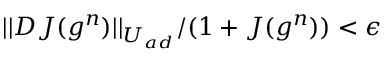
| | D J ( g ^ { n } ) | | _ { U _ { a d } } / ( 1 + J ( g ^ { n } ) ) < \epsilon